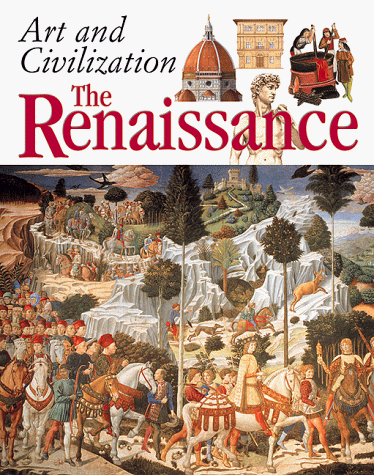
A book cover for The Renaissance; Rupert Matthews; Children's Books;